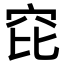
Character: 𥤻